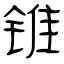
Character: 锥